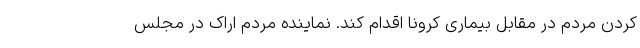
کردن مردم در مقابل بیماری کرونا اقدام کند. نماینده مردم اراک در مجلس